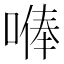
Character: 𠺭